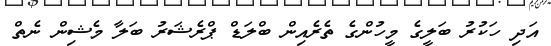
އަދި ހަކުރު ބަލީގެ މީހުންގެ ތެރެއިން ބްލަޑް ޕްރެޝަރު ބަލާ މެޝިން ނެތް